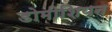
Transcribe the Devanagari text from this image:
डोमीशियन